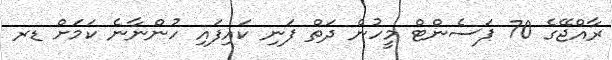
ރާއްޖޭގެ 70 ޕަސެންޓް މީހުން ދަތް ފަނި ކައިފައި ހުންނާނެ ކަމަށް ޑރ